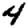
Digit: 4